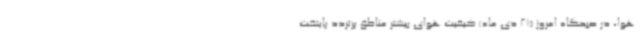
هوا، در صبحگاه امروز (21 دی ماه) کیفیت هوای بیشتر مناطق پرتردد پایتخت